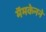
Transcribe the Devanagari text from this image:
मॅमकेनने